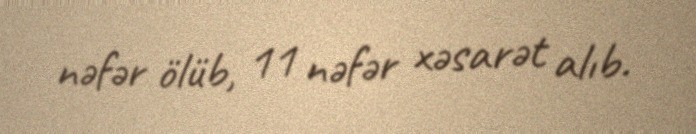
nəfər ölüb, 11 nəfər xəsarət alıb.